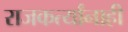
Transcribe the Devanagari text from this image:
राजकर्त्यांनाही